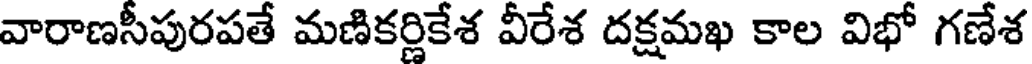
వారాణసీపురపతే మణికర్ణికేశ వీరేశ దక్షమఖ కాల విభో గణేశ